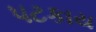
પટકાય